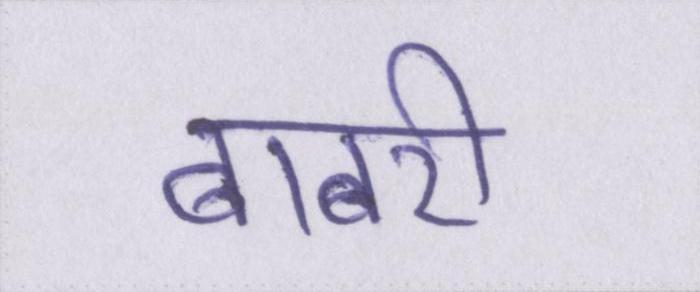
बाबरी